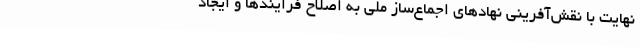
نهایت با نقش‌آفرینی نهادهای اجماع‌ساز ملی به اصلاح فرایند‌ها و ایجاد